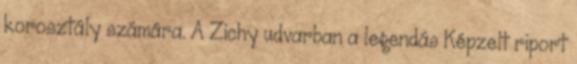
korosztály számára. A Zichy udvarban a legendás Képzelt riport